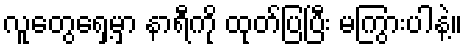
လူတွေရှေ့မှာ နာရီကို ထုတ်ပြပြီး မကြွားပါနဲ့။